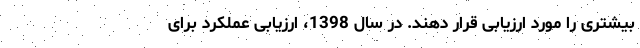
بیشتری را مورد ارزیابی قرار دهند. در سال 1398، ارزیابی عملکرد برای